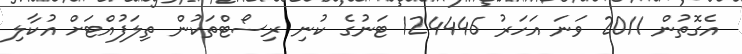
އެގޮތުން 2011 ވަނަ އަހަރު 124446 ޓަނުގެ ކުނި ރިސޯޓްތަކުން ތިލަފުއްޓަށް އުކާލި